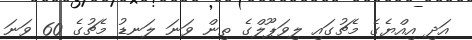
އަދި އިއްޔެގެ މެޗުގައި ލިވަޕޫލްގެ ތިން ވަނަ ލަނޑު މެޗުގެ 60 ވަނަ